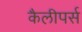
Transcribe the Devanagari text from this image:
कैलीपर्स